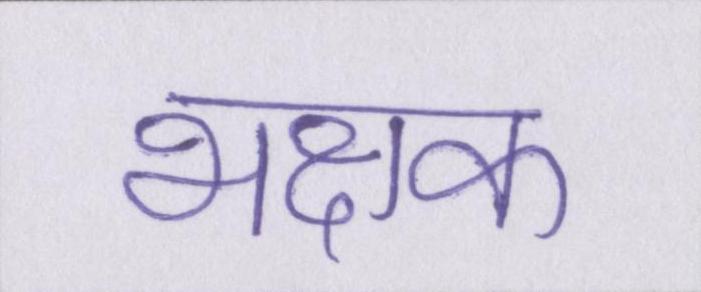
भक्षक